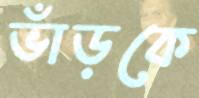
ভাঁড়কে